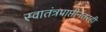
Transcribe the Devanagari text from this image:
स्वातंत्रप्राप्तीनंतरही